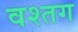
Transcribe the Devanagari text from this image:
वश्तग